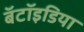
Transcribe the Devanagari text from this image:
बॅटॉइडिया